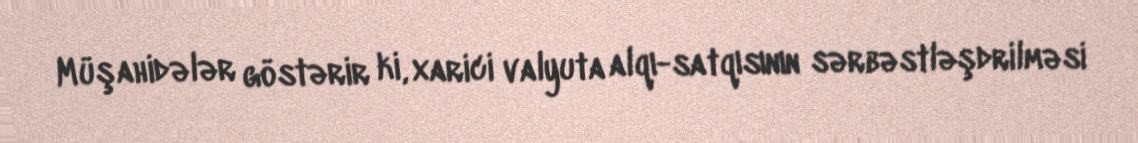
Müşahidələr göstərir ki, xarici valyuta alqı-satqısının sərbəstləşdrilməsi